Calcutta medical institutions reports 1892-1900
Year: 1892
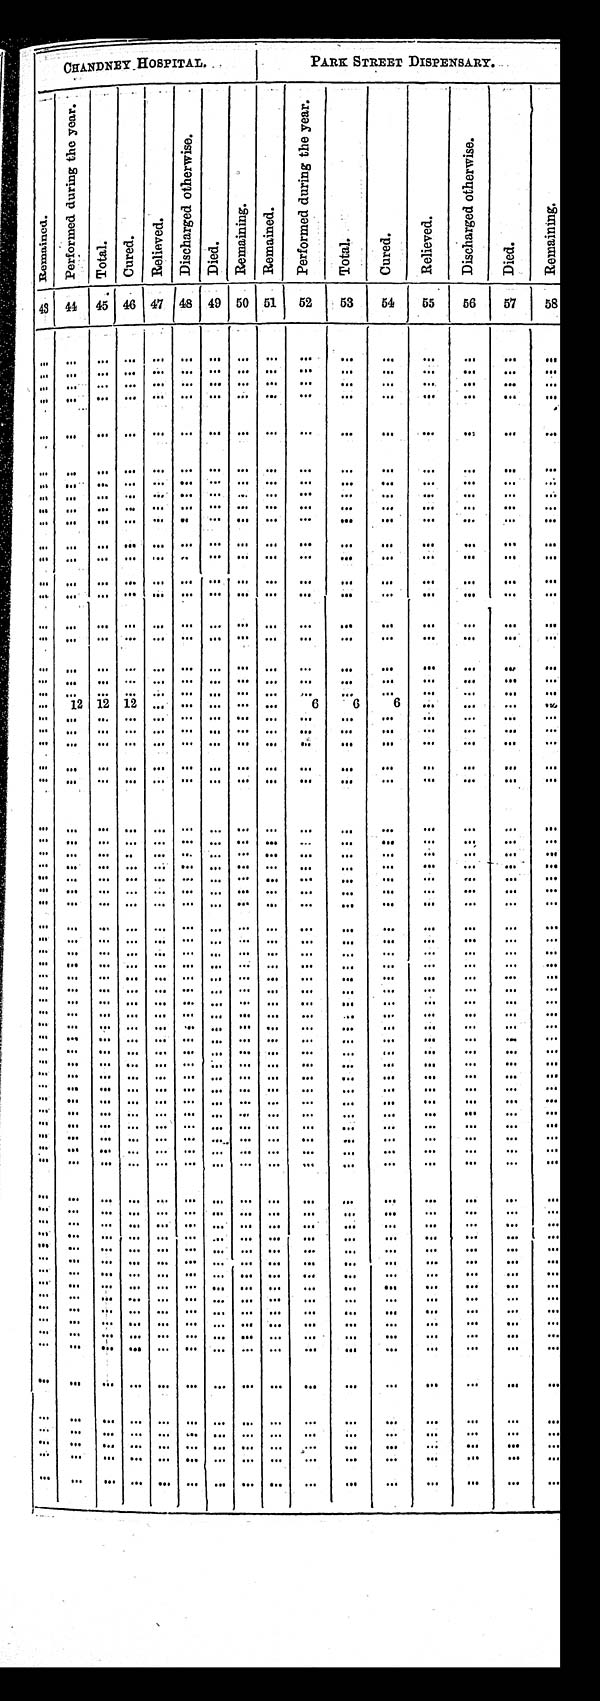
CHANDNEY HOSPITAL.
PARK STREET DISPENSARY.
R e m a i n e d .
P e r f o r m e d d u r i n g t h e y e a r .
T o t a l .
C u r e d .
R e l i e v e d .
D i s c h a r g e d o t h e r w i s e
D i e d .
R e m a i n i n g .
R e m a i n e d .
P e r f o r m e d d u r i n g t h e y e a r .
T o t a l .
C u r e d .
R e l i e v e d .
D i s c h a r g e d o t h e r w i s e .
D i e d .
R e m a i n i n g .
43 44
45 46 47 48
49 50 51
52
53
54
55
56
57
58
. . .. . .
. . .. . . . . .
. . .. . . . . . . . .
. . .
. . .. . .
. . .
. . .
. . .. . .
. . .. . .
. . . . . . . . .
. . . . . . . . . . . .
. . .
. . . . . .
. . .
. . .
. . . . . .
. . . . . .
. . . . . . . . .
. . .. . . . . . . . .
. . .
. . . . . .
. . .
. . .
. . .. . .
. . .. . .
. . .. . . . . .
. . .. . . . . . . . .
. . .
. . .. . .
. . .
. . .
. . .. . .
. . .
. . .
. . . . . . . . .
. . .. . . . . . . . . . . .
. . .
. . .. . .
. . .
. . .. . .
. . .
. . .
. . . . . . . . .
. . .. . . . . . . . . . . .
. . .
. . .. . .
. . .
. . .. . .
. . . . . .
. . . . . . . . .
. . .. . . . . . . . . . . .
. . .
. . .. . .
. . .
. . .. . .
. . . . . .
. . . . . . . . .
. . .. . . . . . . . . . . .
. . .
. . .. . .
. . .
. . .. . .
. . . . . .
. . . . . . . . .
. . .. . . . . . . . . . . .
. . .
. . .. . .
. . .
. . .. . .
. . . . . .
. . . . . . . . .
. . .. . . . . . . . . . . .
. . .
. . .. . .
. . .
. . .. . .
. . . . . .
. . . . . . . . .
. . .. . . . . . . . . . . .
. . .
. . .. . .
. . .
. . .
. . .
. . . . . .
. . . . . . . . .
. . .. . . . . . . . .
. . .. . .
. . .. . .
. . .
. . .
. . .
. . . . . .
. . . . . . . . .
. . .. . . . . . . . .
. . .. . .
. . .. . .
. . .
. . .
. . .
. . . . . .
. . . . . . . . .
. . .. . . . . . . . .
. . .. . .
. . .. . .
. . .
. . .
. . .
. . .. . .
. . . . . . . . .
. . .. . . . . . . . .
. . .. . .
. . .. . .
. . .
. . .
. . .
. . .. . .
. . . . . . . . .
. . .. . . . . . . . .
. . .. . .
. . .. . .
. . .
. . .
. . .
. . .
. . .
. . .
. . .
. . .
. . .
. . .
. . .
. . .
. . . . . .
. . .
. . .
. . .
. . .
. . .
. . .
. . .
. . .
. . .
. . .
. . .
. . .
. . .
. . .
. . .
. . .
. . .
. . .
. . .
. . .
. . .
. . .
. . .
. . .
. . .
. . .
. . .
. . .
. . .
. . .
. . .
. . .
. . .
. . .
. . .
. . .
. . .
. . .
12 12 12
. . .
. . .
. . .
. . .
. . .
6
6
6
. . .
. . .
. . .
. . .
. . .
. . .
. . .
. . .
. . .
. . .
. . .
. . .
. . .
. . .
. . .
. . . . . .
. . .
. . .
. . .
. . .
. . .
. . .
. . .
. . .
. . .
. . .
. . .
. . .
. . .
. . .
. . .
. . .
. . .
. . .
. . .
. . .
. . .
. . .
. . .
. . .
. . .
. . .
. . .
. . .
. . .
. . .
. . .
. . .
. . .
. . .
. . .
. . .
. . .
. . .
. . .
. . .
. . .
. . .
. . .
. . .
. . .
. . .
. . .
. . .
. . .
. . .
. . .
. . .
. . .
. . .
. . .
. . .
. . .
. . . . . .
. . .
. . .
. . .
. . .
. . .
. . .
. . .
. . .
. . . . . .
. . . . . . . . . . . . . . . . . . . . . . . .
. . .
. . .
. . .
. . .
. . .
. . .
. . . . . .
. . . . . . . . . . . . . . . . . . . . . . . .
. . .
. . .
. . .
. . .
. . .
. . .
. . . . . .
. . . . . . . . . . . . . . . . . . . . . . . .
. . .
. . .
. . .
. . .
. . .
. . .
. . . . . .
. . . . . . . . . . . . . . . . . . . . . . . .
. . .
. . .
. . .
. . .
. . .
. . .
. . . . . .
. . . . . . . . . . . . . . . . . . . . . . . .
. . .
. . .
. . .
. . .
. . .
. . .
. . . . . .
. . . . . . . . . . . . . . . . . . . . . . . .
. . .
. . .
. . .
. . .
. . .
. . . . . .
. . . . . . . . . . . . . . . . . . . . . . . .
. . .
. . .
. . .
. . .
. . .
. . .
. . . . . .
. . . . . . . . . . . . . . . . . . . . . . . .
. . .
. . . . . .
. . .
. . .
. . .
. . . . . .
. . . . . . . . . . . . . . . . . . . . . . . .
. . .
. . . . . .
. . .
. . .
. . .
. . . . . .
. . . . . . . . . . . . . . . . . . . . . . . .
. . .
. . . . . .
. . .
. . .
. . .
. . . . . .
. . . . . . . . . . . . . . . . . . . . . . . .
. . .
. . . . . .
. . .
. . .
. . .
. . . . . .
. . . . . . . . . . . . . . . . . . . . . . . .
. . .
. . . . . .
. . .
. . .
. . .
. . . . . .
. . . . . . . . . . . . . . . . . . . . . . . .
. . .
. . .
. . . . . .
. . .
. . .
. . . . . .
. . . . . . . . . . . . . . . . . . . . . . . .
. . .
. . .
. . . . . .
. . .
. . .
. . . . . .
. . . . . . . . . . . . . . . . . . . . . . . .
. . .
. . .
. . .
. . .
. . .
. . .
. . . . . .
. . . . . . . . . . . . . . . . . . . . . . . .
. . .
. . .
. . . . . .
. . .
. . .
. . . . . .
. . . . . . . . . . . . . . . . . . . . . . . .
. . .
. . .
. . . . . .
. . .
. . .
. . . . . .
. . . . . . . . . . . . . . . . . . . . . . . .
. . .
. . .
. . . . . .
. . .
. . .
. . . . . .
. . . . . . . . . . . . . . . . . . . . . . . .
. . . . . .
. . . . . .
. . .
. . .
. . . . . .
. . . . . . . . . . . . . . . . . . . . . . . .
. . .
. . .
. . . . . .
. . .
. . .
. . . . . .
. . . . . . . . . . . . . . . . . . . . . . . .
. . .
. . .
. . . . . .
. . .
. . .
. . .
. . . . . . . . . . . . . . . . . . . . . . . . . . .
. . .
. . .
. . . . . .
. . .
. . .
. . .
. . . . . . . . . . . . . . . . . . . . . . . . . . .
. . .
. . .
. . . . . .
. . .
. . .
. . .
. . . . . . . . . . . . . . . . . . . . . . . . . . .
. . .
. . .
. . . . . .
. . .
. . .
. . .
. . . . . . . . . . . . . . . . . . . . . . . . . . .
. . .
. . .
. . . . . .
. . .
. . .
. . .
. . . . . . . . . . . . . . . . . . . . . . . . . . .
. . .
. . .
. . . . . .
. . .
. . .
. . .
. . . . . . . . . . . . . . . . . . . . . . . . . . .
. . .
. . .
. . . . . .
. . .
. . .
. . .
. . . . . . . . . . . . . . . . . . . . . . . . . . .
. . .
. . .
. . .
. . .
. . .
. . .
. . .
. . . . . . . . . . . . . . . . . . . . . . . . . . .
. . .
. . .
. . .
. . .
. . .
. . .
. . .
. . . . . . . . . . . . . . . . . . . . . . . . . . .
. . .
. . .
. . .
. . .
. . .
. . .
. . .
. . . . . . . . . . . . . . . . . . . . . . . . . . .
. . .
. . .
. . .
. . .
. . .
. . .
. . .
. . . . . . . . . . . . . . . . . . . . . . . . . . .
. . .
. . .
. . .
. . .
. . .
. . .
. . .
. . . . . . . . . . . . . . . . . . . . . . . . . . .
. . .
. . .
. . .
. . .
. . .
. . .
. . .
. . . . . . . . . . . . . . . . . . . . . . . . . . .
. . .
. . .
. . .
. . .
. . .
. . .
. . .
. . . . . . . . . . . . . . . . . . . . . . . . . . .
. . .
. . .
. . .
. . .
. . .
. . .
. . .
. . . . . . . . . . . . . . . . . . . . . . . . . . .
. . .
. . .
. . .
. . .
. . .
. . .
. . .
. . . . . . . . . . . . . . . . . . . . . . . . . . .
. . .
. . .
. . .
. . .
. . .
. . .
. . . . . .
. . . . . . . . . . . . . . . . . . . . . . . .
. . .
. . .
. . .
. . .
. . .
. . .
. . .
. . . . . . . . . . . . . . . . . . . . . . . . . . .
. . .
. . .
. . .
. . .
. . .
. . .
. . . . . .
. . . . . . . . . . . . . . . . . . . . . . . .
. . .
. . .
. . .
. . .
. . .
. . .
. . . . . .
. . . . . . . . . . . . . . . . . . . . . . . .
. . .
. . .
. . .
. . .
. . .
. . .
. . . . . .
. . . . . . . . . . . . . . . . . . . . . . . .
. . .
. . .
. . .
. . .
. . .
. . .
. . . . . .
. . . . . . . . . . . . . . . . . . . . . . . .
. . .
. . .
. . .
. . .
. . .
. . .
. . . . . .
. . . . . . . . . . . . . . . . . . . . . . . .
. . .
. . .
. . .
. . .
. . .
. . .
. . . . . .
. . . . . . . . . . . . . . . . . . . . . . . .
. . .
. . .
. . .
. . .
. . .
. . .
. . . . . .
. . . . . . . . . . . . . . . . . . . . . . . .
. . .
. . .
. . .
. . .
. . .
. . .